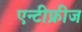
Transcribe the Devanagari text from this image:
एन्टीफ्रीज